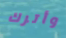
وأترك